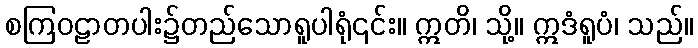
စကြဝဠာတပါး၌တည်သောရူပါရုံ၎င်း။ ဣတိ၊ သို့။ ဣဒံရူပံ၊ သည်။